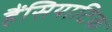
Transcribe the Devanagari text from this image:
हैंसियाटिक